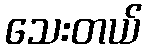
သေးတယ်